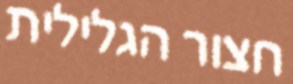
חצור הגלילית